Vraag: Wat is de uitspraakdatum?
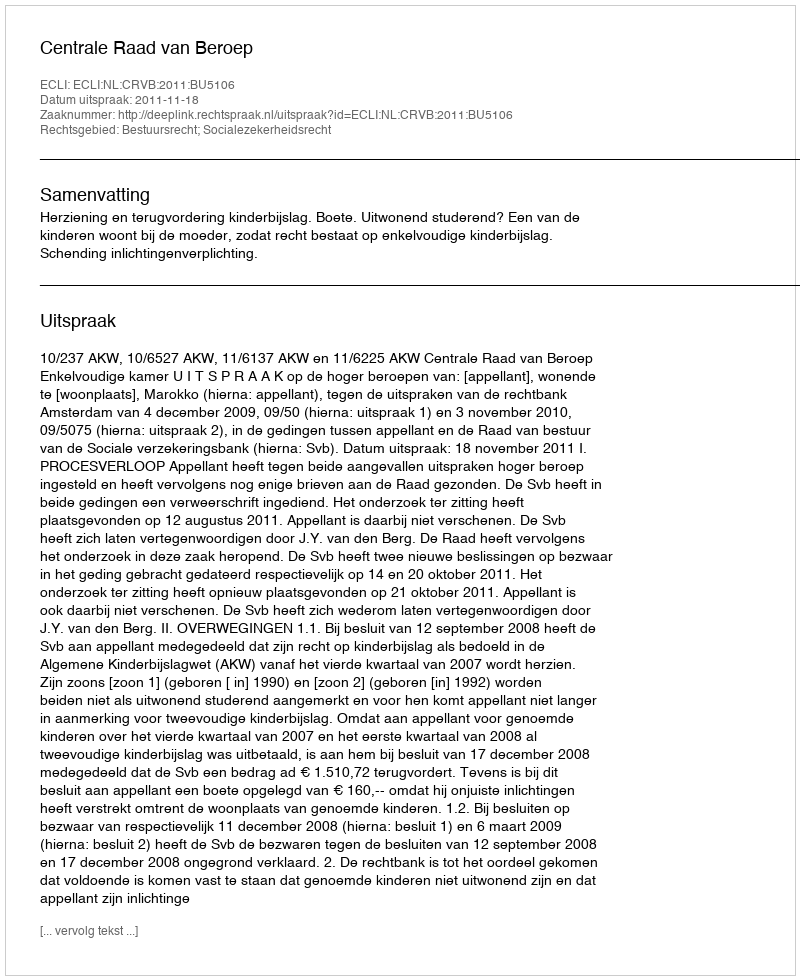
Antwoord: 2011-11-18